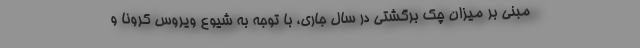
مبنی بر میزان چک برگشتی در سال جاری، با توجه به شیوع ویروس کرونا و